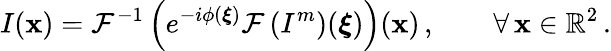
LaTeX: I(\boldsymbol{\mathbf{x}})=\mathcal{{F}}^{-1}\left(e^{-i\phi(\boldsymbol{\xi})}\mathcal{{F}}\left(I^{m}\right)(\boldsymbol{\xi})\right)(\boldsymbol{\mathbf{x}})\, ,\qquad\forall\, \boldsymbol{\mathbf{x}}\in\mathbb{{R}}^{2}\, .